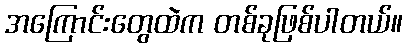
အကြောင်းတွေထဲက တစ်ခုဖြစ်ပါတယ်။